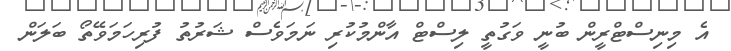
އެ މިނިސްޓްރީން ބުނީ ވަގުތީ ލިސްޓް އާންމުކުރި ނަމަވެސް ޝަރުތު ފުރިހަމަވޭތޯ ބަލަން